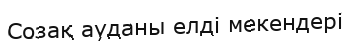
Созақ ауданы елді мекендері